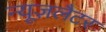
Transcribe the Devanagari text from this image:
न्यूज़लैटर